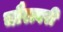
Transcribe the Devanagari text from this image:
चौरावरी